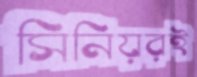
সিনিয়রই